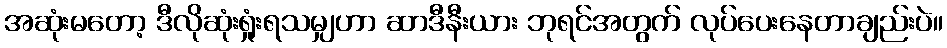
အဆုံးမတော့ ဒီလိုဆုံးရှုံးရသမျှဟာ ဆာဒီနီးယား ဘုရင်အတွက် လုပ်ပေးနေတာချည်းပဲ။